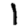
Digit: 1